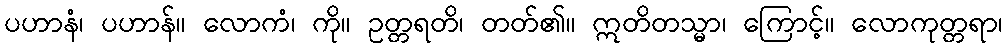
ပဟာနံ၊ ပဟာန်။ လောကံ၊ ကို။ ဥတ္တရတိ၊ တတ်၏။ ဣတိတသ္မာ၊ ကြောင့်။ လောကုတ္တရာ၊